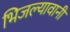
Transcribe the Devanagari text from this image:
भिजल्यावानी